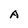
Character: A